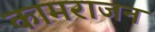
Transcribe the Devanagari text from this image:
कामराजन